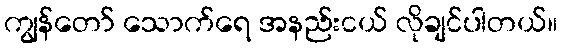
ကျွန်တော် သောက်ရေ အနည်းငယ် လိုချင်ပါတယ်။